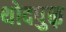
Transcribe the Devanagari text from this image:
थोदपुऴ